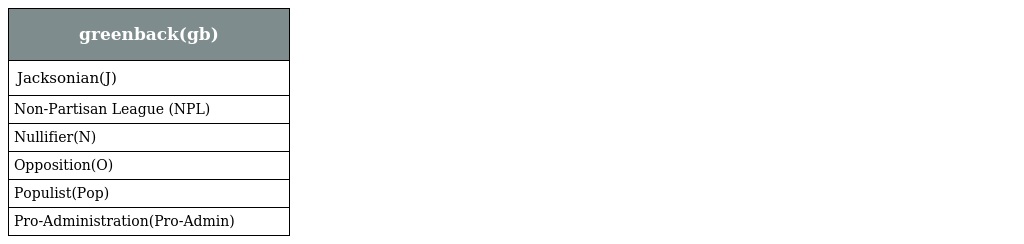
| greenback(gb) |
 | --- |
 | Jacksonian(J) |
 | Non-Partisan League (NPL) |
 | Nullifier(N) |
 | Opposition(O) |
 | Populist(Pop) |
 | Pro-Administration(Pro-Admin) |